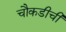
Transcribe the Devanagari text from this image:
चौकडीची